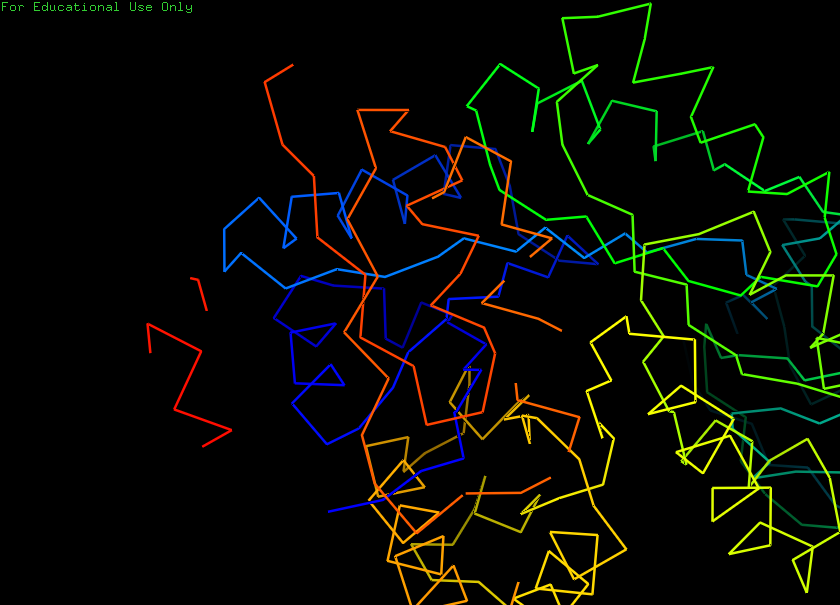
pymol, preset, ligand_sites_mesh